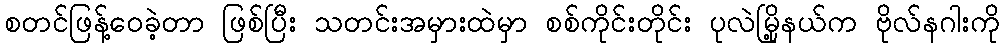
စတင်ဖြန့်ဝေခဲ့တာ ဖြစ်ပြီး သတင်းအမှားထဲမှာ စစ်ကိုင်းတိုင်း ပုလဲမြို့နယ်က ဗိုလ်နဂါးကို